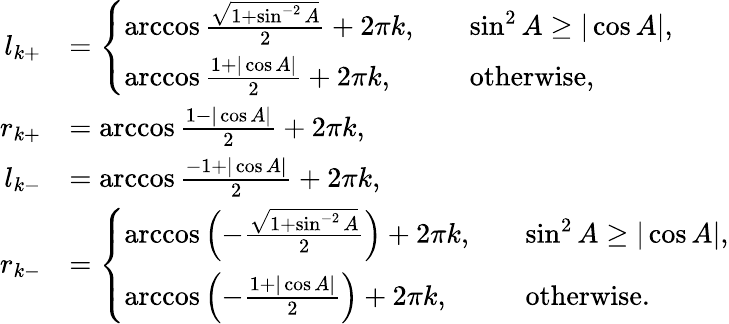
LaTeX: \begin{array}{rl}{l_{k+}}&{=\left\{ \begin{array}{ll}{\operatorname{arccos}\frac{\sqrt{1+\sin^{-2}A}}{2}+2\pi k,\quad}&{\sin^{2}A\geq|\cos A|,}\\ {\operatorname{arccos}\frac{1+|\cos A|}{2}+2\pi k,\quad}&{\mathrm{otherwise},}\end{array}\right.}\\ {r_{k+}}&{=\operatorname{arccos}\frac{1-|\cos A|}{2}+2\pi k,}\\ {l_{k-}}&{=\operatorname{arccos}\frac{-1+|\cos A|}{2}+2\pi k,}\\ {r_{k-}}&{=\left\{ \begin{array}{ll}{\operatorname{arccos}\left(-\frac{\sqrt{1+\sin^{-2}A}}{2}\right)+2\pi k,\quad}&{\sin^{2}A\geq|\cos A|,}\\ {\operatorname{arccos}\left(-\frac{1+|\cos A|}{2}\right)+2\pi k,\quad}&{\mathrm{otherwise}.}\end{array}\right.}\end{array}